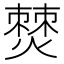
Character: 𤏡